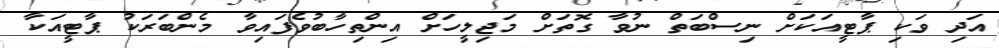
އަދި ވަކި ޕާޓީއަކަށް ނިސްބަތް ނުވާ ގޮތަށް މަޖިލީހަށް އިންތިހާބުވެފައިވާ މެންބަރަކު ޕާޓީއަކާ